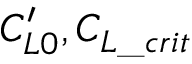
C _ { L 0 } ^ { \prime } , C _ { L \_ c r i t }